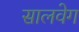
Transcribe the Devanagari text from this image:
सालवेग